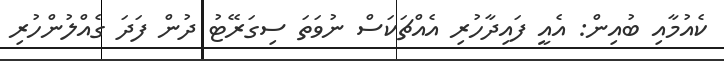
ކެއުމާއި ބުއިން: އެއީ ފައިދާހުރި އެއްޗަކަސް ނުވަތަ ސިގަރޭޓު ދުން ފަދަ ގެއްލުންހުރި